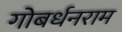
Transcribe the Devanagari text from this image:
गोबर्धनराम